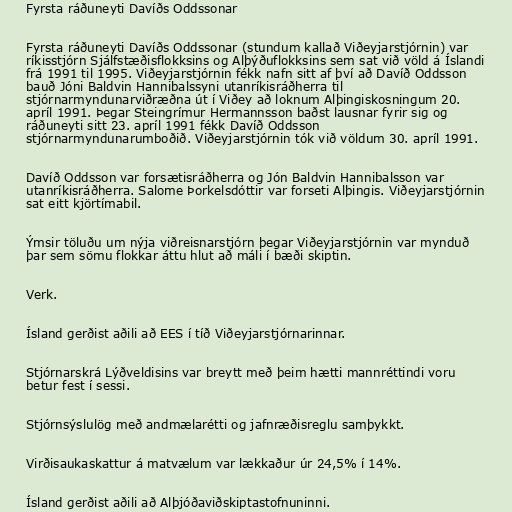
Fyrsta ráðuneyti Davíðs Oddssonar

Fyrsta ráðuneyti Davíðs Oddssonar (stundum kallað Viðeyjarstjórnin) var
ríkisstjórn Sjálfstæðisflokksins og Alþýðuflokksins sem sat við völd á Íslandi
frá 1991 til 1995. Viðeyjarstjórnin fékk nafn sitt af því að Davíð Oddsson
bauð Jóni Baldvin Hannibalssyni utanríkisráðherra til
stjórnarmyndunarviðræðna út í Viðey að loknum Alþingiskosningum 20.
apríl 1991. Þegar Steingrímur Hermannsson baðst lausnar fyrir sig og
ráðuneyti sitt 23. apríl 1991 fékk Davíð Oddsson
stjórnarmyndunarumboðið. Viðeyjarstjórnin tók við völdum 30. apríl 1991.

Davíð Oddsson var forsætisráðherra og Jón Baldvin Hannibalsson var
utanríkisráðherra. Salome Þorkelsdóttir var forseti Alþingis. Viðeyjarstjórnin
sat eitt kjörtímabil.

Ýmsir töluðu um nýja viðreisnarstjórn þegar Viðeyjarstjórnin var mynduð
þar sem sömu flokkar áttu hlut að máli í bæði skiptin.

Verk.

Ísland gerðist aðili að EES í tíð Viðeyjarstjórnarinnar.

Stjórnarskrá Lýðveldisins var breytt með þeim hætti mannréttindi voru
betur fest í sessi.

Stjórnsýslulög með andmælarétti og jafnræðisreglu samþykkt.

Virðisaukaskattur á matvælum var lækkaður úr 24,5% í 14%.

Ísland gerðist aðili að Alþjóðaviðskiptastofnuninni.